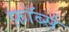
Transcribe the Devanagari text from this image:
फ़ॉर्ब्स